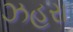
ઝહરા